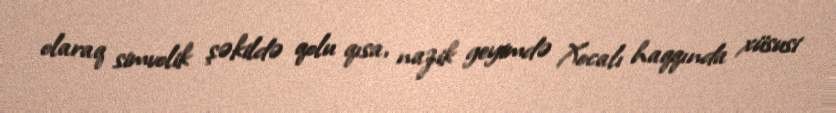
olaraq simvolik şəkildə qolu qısa, nazik geyimdə Xocalı haqqında xüsusi